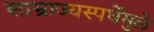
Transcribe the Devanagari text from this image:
साम्राज्यस्पर्धेमुळे